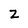
Character: Z